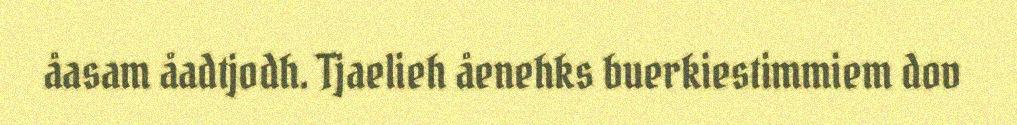
åasam åadtjodh. Tjaelieh åenehks buerkiestimmiem dov